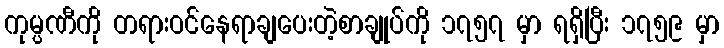
ကုမ္ပဏီကို တရားဝင်နေရာချပေးတဲ့စာချုပ်ကို ၁၇၅၇ မှာ ရရှိပြီး ၁၇၅၉ မှာ